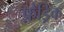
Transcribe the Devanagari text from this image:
फ़ेड्रिक